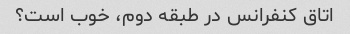
اتاق کنفرانس در طبقه دوم، خوب است؟